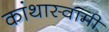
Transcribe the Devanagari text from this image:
कांथास्वामी